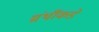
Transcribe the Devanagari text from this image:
ग्रंथींकडे